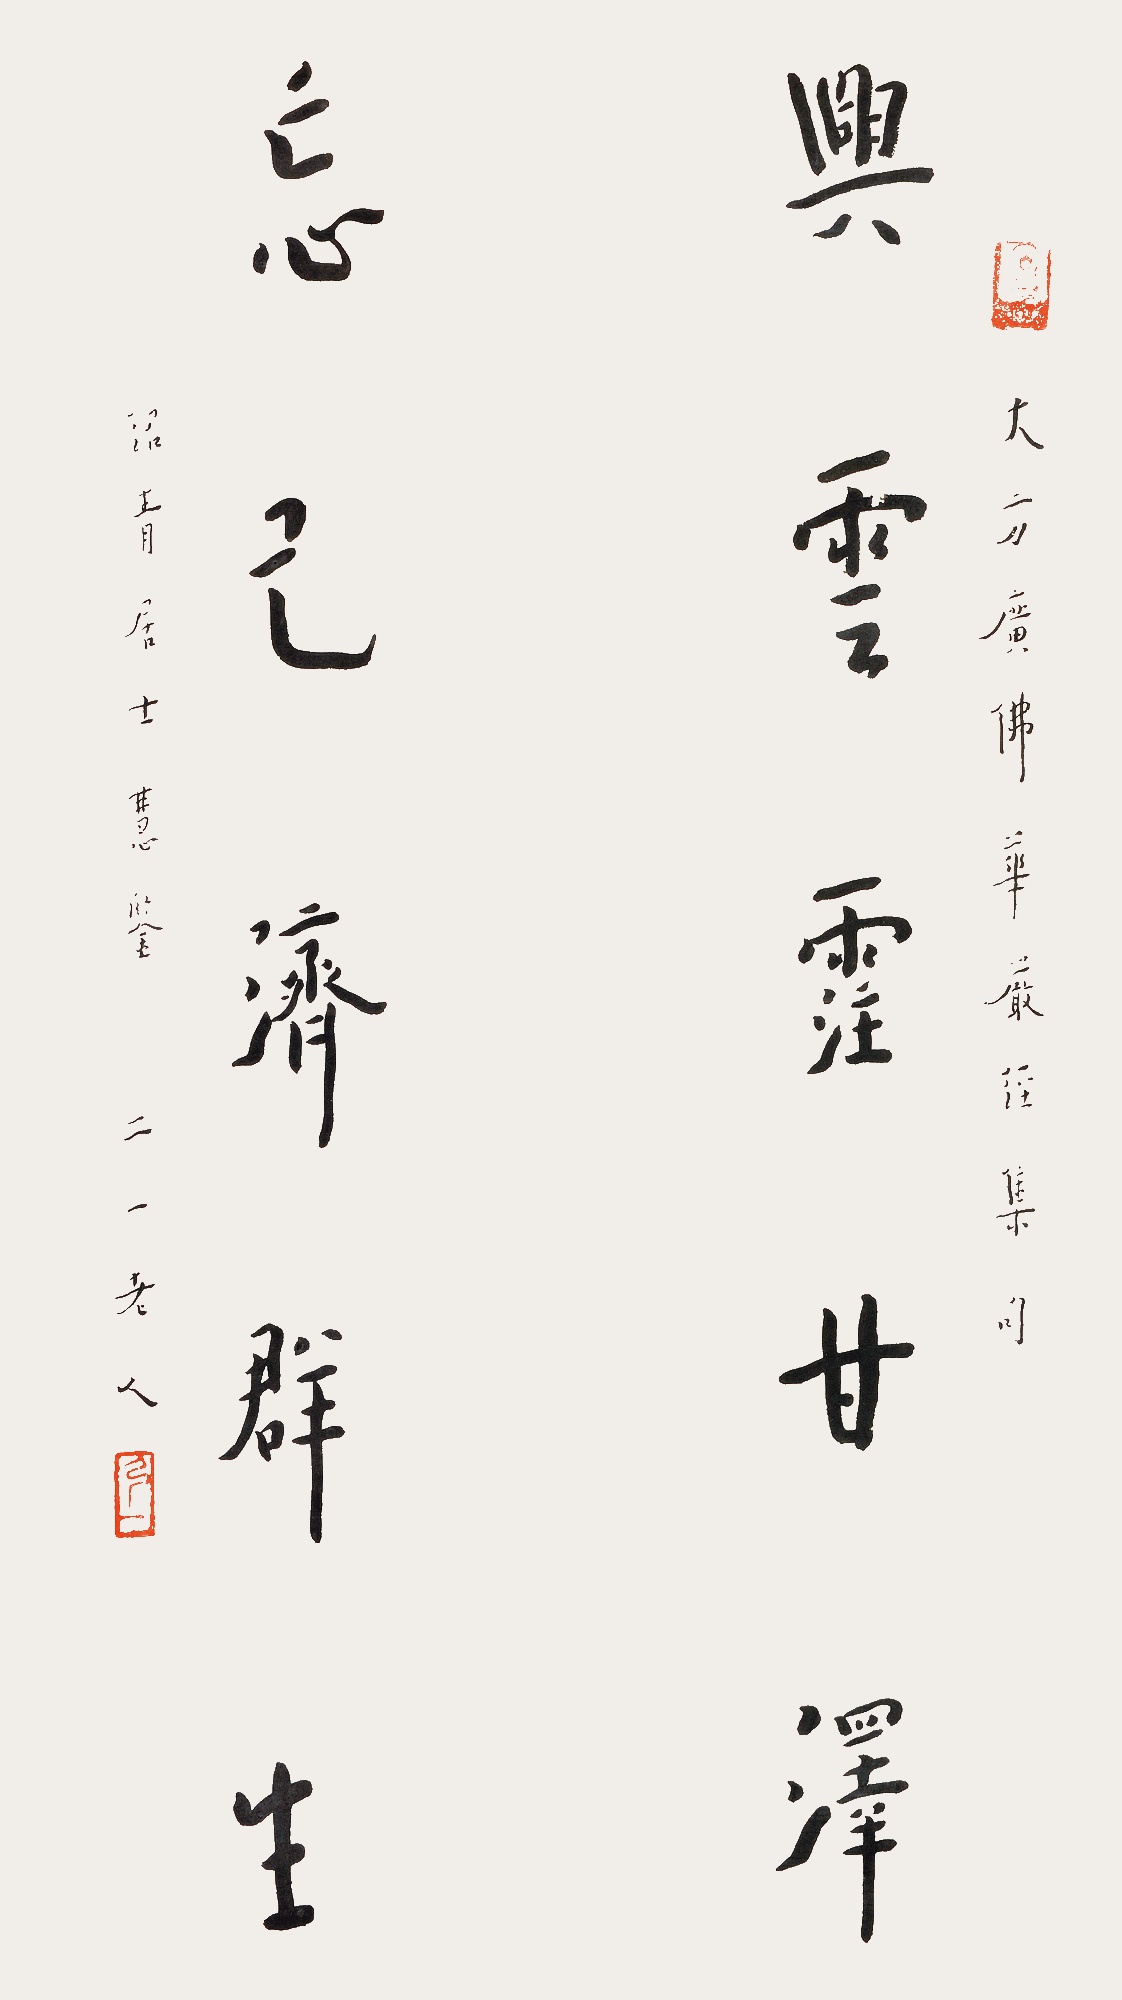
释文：兴云霔甘泽，忘己济群生。大方广佛华严经集句。沼青居士慧鉴，二一老人。